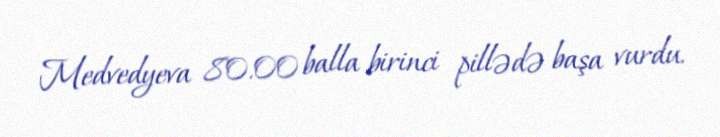
Medvedyeva 80.00 balla birinci pillədə başa vurdu.